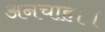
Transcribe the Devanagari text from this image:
अनचाह।।